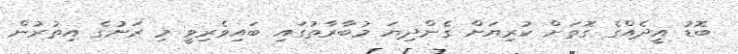
ބޮޑު އީދެއްގެ ގޮތަށް ކުރިޔަށް ގެންދިޔަ މުބާރާތުގައި ބައިވެރިވީ މި ރަށުގެ އިތުރުން